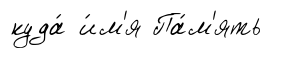
куда́ и́м'я Па́м'ять